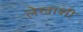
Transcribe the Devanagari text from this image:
लेखाशी